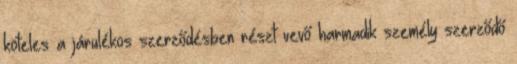
köteles a járulékos szerződésben részt vevő harmadik személy szerződő